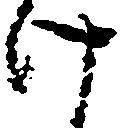
け